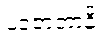
ပဒဇာတာနိ